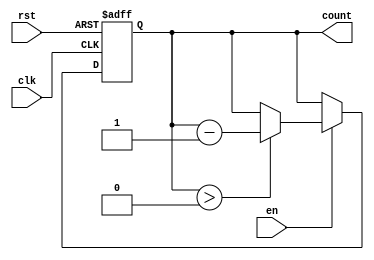
module down_counter #(
    parameter N = 3  // Define the number of bits for the down counter (maximum value = 2^N - 1)
)(
    input wire clk,    // Clock input
    input wire rst,    // Asynchronous reset
    input wire en,     // Enable signal
    output reg [N-1:0] count  // Output count value
);

// State transitions
always @(posedge clk or posedge rst) begin
    if (rst) begin
        count <= N;  // Reset to maximum state (N)
    end else if (en) begin
        if (count > 0) begin
            count <= count - 1;  // Decrement the count
        end
        // If count is 0, it remains 0 until reset or enable changes
    end
end

endmodule